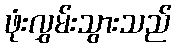
ဖုံးလွှမ်းသွားသည်